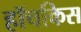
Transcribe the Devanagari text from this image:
हॉचकिस